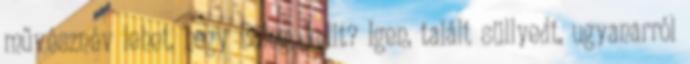
művésznév lehet, hogy Balog Judit? Igen, talált süllyedt, ugyanarról